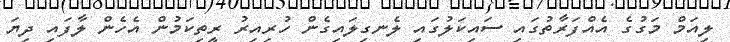
ލިއަމް މަގުގެ އެއްފަރާތުގައި ސައިކަލުގައި ލެނގިލައިގެން ހުރިއިރު ރީތިކަމުން އެހެން ލާފައި ދިޔަ